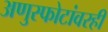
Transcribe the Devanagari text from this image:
अणुस्फोटांवरही